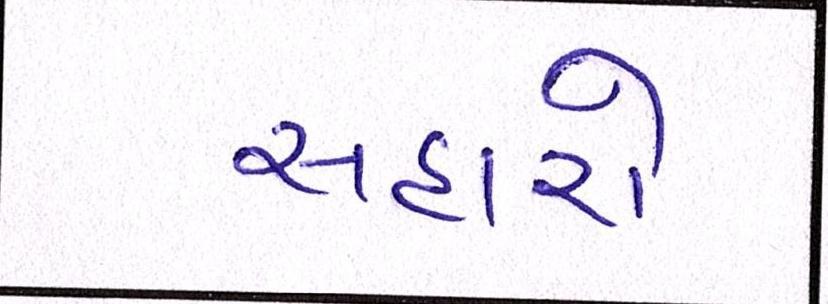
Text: સહારો